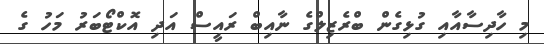
މި ހާދިސާއާއި ގުޅިގެން ބްރެޒިލްގެ ނާއިބް ރައީސް އަދި އޮކްޓޯބަރު މަހު ގެ